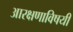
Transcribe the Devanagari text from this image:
आरक्षणाविषयी